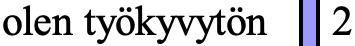
olen työkyvytön 2